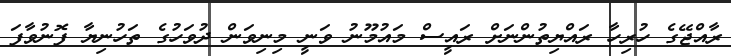
ރާއްޖޭގެ ހުރިހާ ރައްޔިތުންނަށް ރައީސް މައުމޫނު ވަނީ މިނިވަން ދުވަހުގެ ތަހުނިޔާ ފޮނުވާފަ